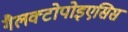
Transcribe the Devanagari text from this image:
गैलक्टोपोइएसिस